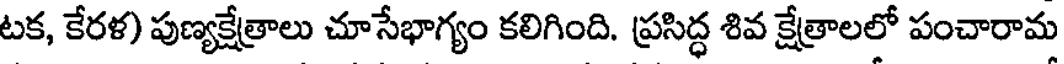
టక, కేరళ) పుణ్యక్షేత్రాలు చూసేభాగ్యం కలిగింది. ప్రసిద్ధ శివ క్షేత్రాలలో పంచారామ